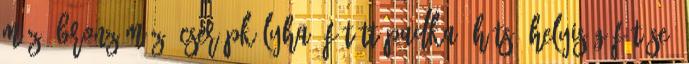
máz, bronz máz, cserépkályha, fűtött padka, hátsó helyiség fűtése,